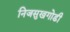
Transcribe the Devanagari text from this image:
निजसुखगोडी